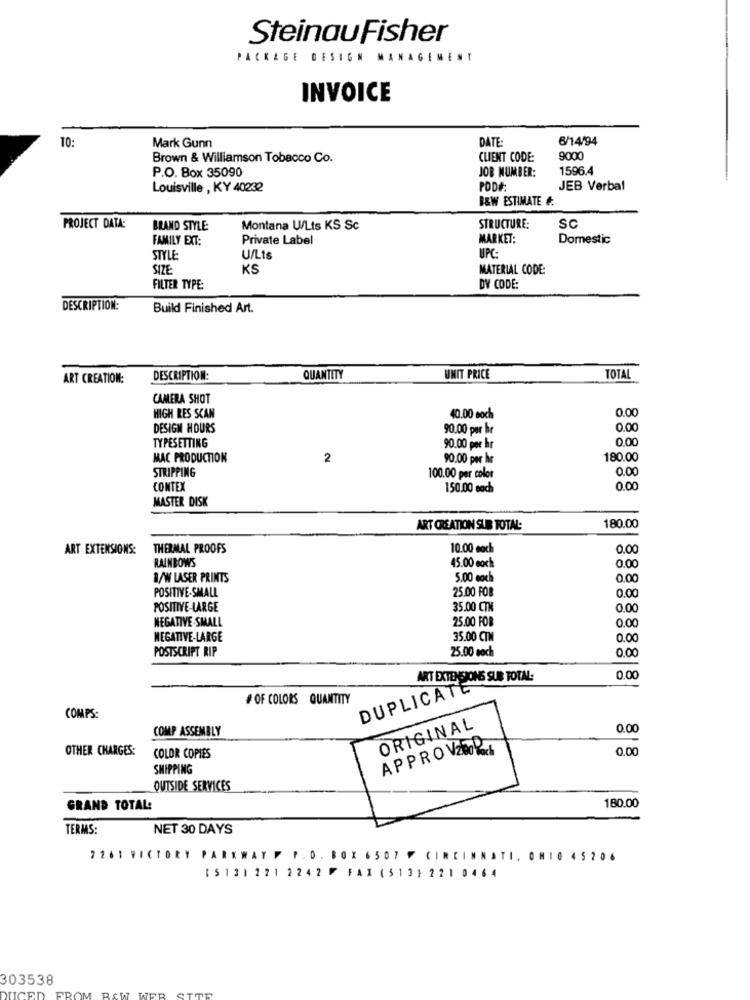
SteinauFisher
PACKAGE DESIGN MANAGEMENT
INVOICE
TO:
DATE
6/14/94
Mark Gunn
Brown & Williamson Tobacco Co.
CLIENT CODE:
9000
P.O. Box 35090
JOB NUMBER:
1596.4
Louisville , KY 40232
POD#:
JEB Verbal
B&W ESTIMATE #
SC
PROJECT DATA:
BRAND STYLE
Montana ULts KS Sc
STRUCTURE:
FAMILY EXT:
Private Label
MARKET:
Domestic
STYLE
U/Lts
UPC:
SIZE
KS
MATERIAL CODE:
FILTER TYPE:
DV CODE:
DESCRIPTION:
Build Finished Art.
ART CREATION:
DESCRIPTION:
QUANTITY
UNIT PRICE
TOTAL
CAMERA SHOT
0.00
HIGH RES SCAN
40.00 eoch
DESIGN HOURS
90.00 per hr
0.0
0.00
TYPESETTING
90.00 per hr
MAC PRODUCTION
2
90.00 per he
180.00
0.00
STRIPPING
100.00 per color
CONTEX
150.00 eads
0.00
MASTER DISK
ART CREATION SUB TOTAL:
180.00
ART EXTENSIONS:
THERMAL PROOFS
10.00 each
0.00
RAINBOWS
45.00 eoch
0.00
B/W LASER PRINTS
5.00 coch
0.00
POSITIVE-SMALL
25.00 FOR
0.00
POSITIVE-LARGE
35.00 CTM
0.00
NEGATIVE SMALL
25.00 FOR
0.0
NEGATIVE-LARGE
35.00 CTM
0.0
POSTSCRIPT RIP
0.00
25.00 eoch
ART EXTENSIONS SUB TOTAL:
0.00
DUPLICATE
# OF COLORS QUANTITY
COMPS:
COMP ASSEMBLY
ORIGINAL
0.00
OTHER CHARGES:
APPRO V20016
0.00
COLOR COPIES
SHIPPING
OUTSIDE SERVICES
GRAND TOTAL:
180.00
TERMS :
NET 30 DAYS
2261 VICTORY PAR
TFF. O . BOX 6507
CINCINNATI. OM10 45206
1513) 221 2242 F FAX (513) 221 0464
303538
STTR
RAW WER